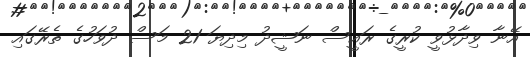
އޭނާ ވިދާޅުވީ ކުރީގެ ރައީސް ނަޝީދު މިދިޔަ 21 މަސް ދުވަހުގެ ތެރޭގައި